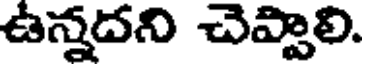
ఉన్నదని చెప్పాలి.